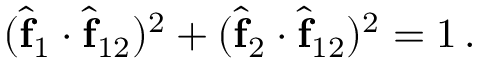
( \hat { \bf f } _ { 1 } \cdot \hat { \bf f } _ { 1 2 } ) ^ { 2 } + ( \hat { \bf f } _ { 2 } \cdot \hat { \bf f } _ { 1 2 } ) ^ { 2 } = 1 \, .